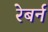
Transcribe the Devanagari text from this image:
रेबर्न